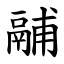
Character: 鬴